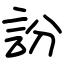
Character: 訜